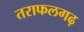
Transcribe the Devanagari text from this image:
तराफलगढ़